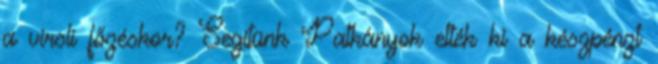
a virsli főzéskor? Segítünk Patkányok ették ki a készpénzt